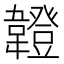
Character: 𩏠